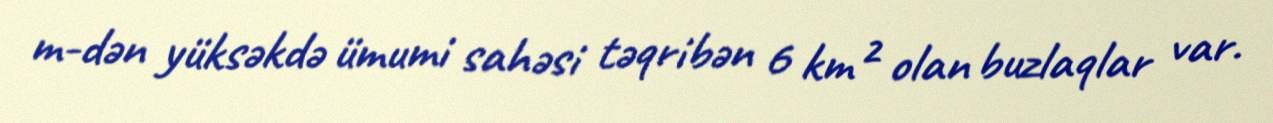
m-dən yüksəkdə ümumi sahəsi təqribən 6 km² olan buzlaqlar var.